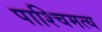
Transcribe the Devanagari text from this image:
पाश्चिमत्य